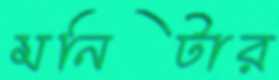
মনিটার